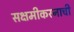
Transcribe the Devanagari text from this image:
सक्षमीकरनाची